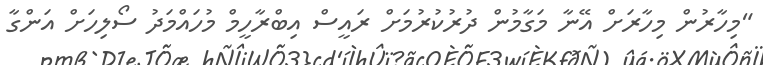
"މިހާރުން މިހާރަށް އޭނާ މަގާމުން ދުރުކުރުމަށް ރައީސް އިބްރާހީމް މުހައްމަދު ސޯލިހަށް އަންގާ